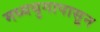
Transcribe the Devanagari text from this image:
मध्ययुगापासून